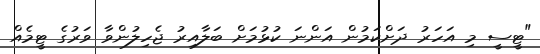
"ޓީސީ މި އަހަރު ދަށްކަމުން އަންނަ ކުޅުމަށް ބަލާއިރު ޖެހިލުންވާ ވަރުގެ ޓީމެއް